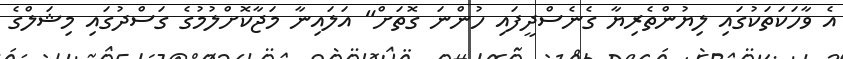
އެ ވާހަކަތަކުގައި ލިޔުންތެރިޔާ ގެނެސްދީފައި ހުންނަ ގޮތަށް" އަލައިނާ މަޖާކޮށްލުމުގެ ގަސްދުގައި މިޝަލްގެ